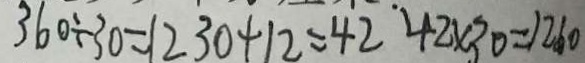
3 6 0 \div 3 0 = 1 2 3 0 + 1 2 = 4 2 4 2 \times 3 0 = 1 2 6 0